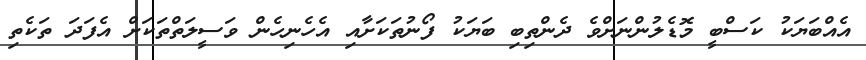
އެއްބަޔަކު ކަސްބީ މޮޑެލުންނަށްވެ ދެންތިބި ބަޔަކު ފޯނުތަކަށާއި އެހެނިހެން ވަސީލަތްތަކަށް އެފަދަ ތަކެތި